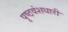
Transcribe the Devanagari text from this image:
पृष्ठवंशधारी